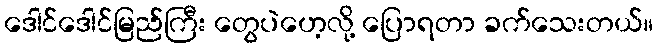
ဒေါင်ဒေါင်မြည်ကြီး တွေပဲဟေ့လို့ ပြောရတာ ခက်သေးတယ်။